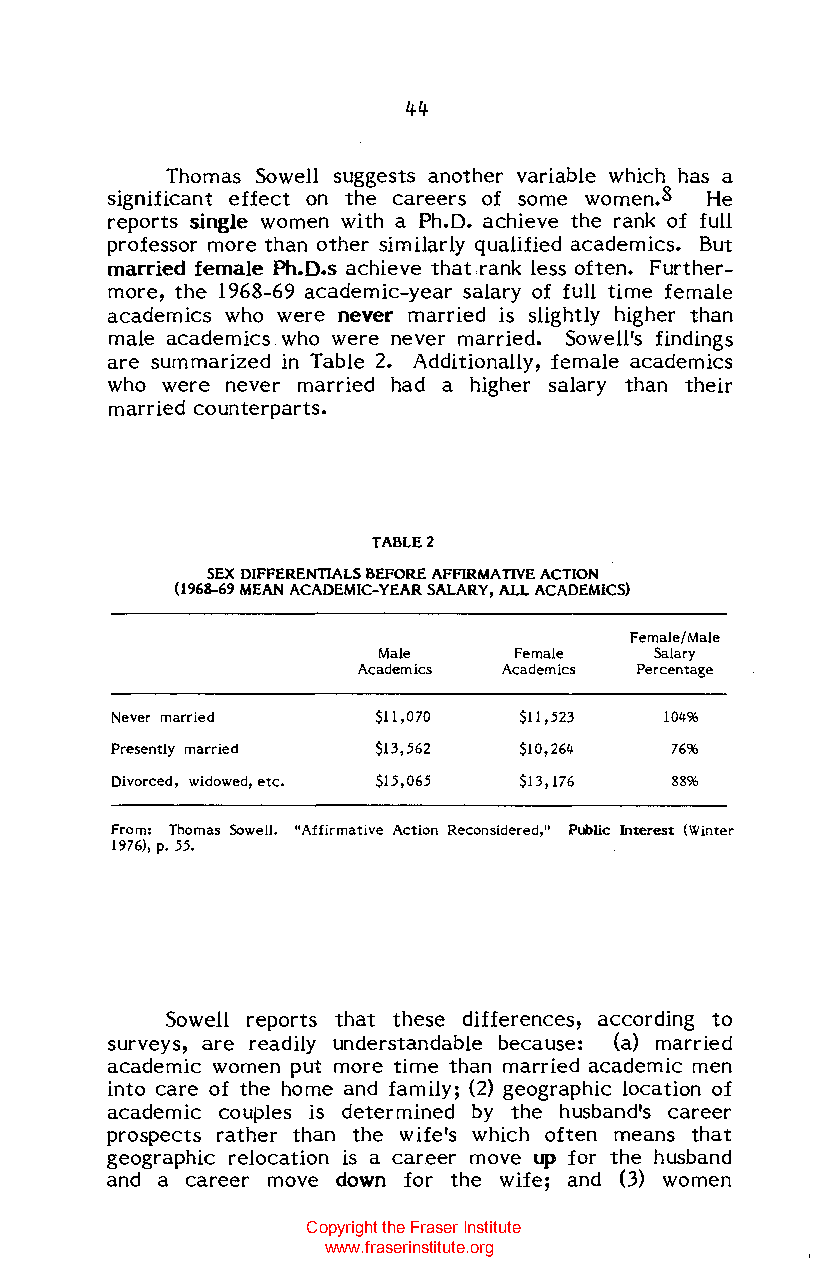
44
 Thomas Sowell suggests another variable which has a
 significant effect on the careers of some women.8 He
 reports single women with a Ph.D. achieve the rank of full
 professor more than other similarly qualified academics. But
 married female Ph.D.s achieve that rank less often. Further
 more, the 1968-69 academic-year salary of full time female
 academics who were never married is slightly higher than
 male academics who were never married. Sowell's findings
 are summarized in Table 2. Additionally, female academics
 who were never married had a higher salary than their
 married counterparts.
 TABLE 2
 SEX DIFFERENTIALS BEFORE AFFIRMATIVE ACTION
 (1968-69 MEAN ACADEMIC-YEAR SALARY, ALL ACADEMICS)
 Female/Male
 Male     Female   Salary
 Academics Academics Percentage
 Never married     $11 ,070 $11 ,523  104%
 Presently married $13,562  $10,264   76%
 Divorced, widowed, etc. $15,065 $13,176 88%
 From: Thomas Sowell. "Affirmative Action Reconsidered," Public Interest (Winter
 1976), p. 55.
 Sowell reports that these differences, according to
 surveys, are readily understandable because: (a) married
 academic women put more time than married academic men
 into care of the home and family; (2) geographic location of
 academic couples is determined by the husband's career
 prospects rather than the wife's which often means that
 geographic relocation is a career move up for the husband
 and a career move down for the wife; and (3) women
 Copyright the Fraser Institute
 www.fraserinstitute.org